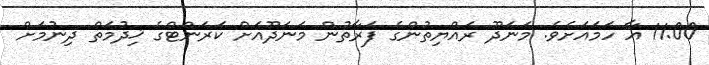
11:00 އާ ހަމައަށެވެ. މަނަދޫ ރައްޔިތުންގެ ފަރާތުން މަނަދޫއަށް ކަރަންޓްގެ ޚިދުމަތް ދިނުމަށް